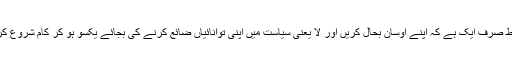
شرط صرف ایک ہے کہ اپنے اوسان بحال کریں اور لا یعنی سیاست میں اپنی توانائیاں ضائع کرنے کی بجائے یکسو ہو کر کام شروع کریں۔